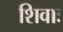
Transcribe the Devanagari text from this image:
शिवाः